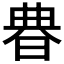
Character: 𣇺